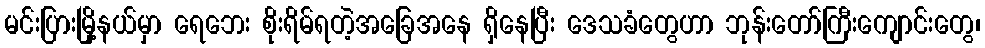
မင်းပြားမြို့နယ်မှာ ရေဘေး စိုးရိမ်ရတဲ့အခြေအနေ ရှိနေပြီး ဒေသခံတွေဟာ ဘုန်းတော်ကြီးကျောင်းတွေ၊